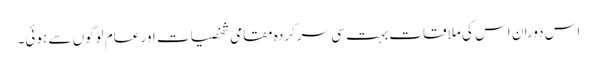
اس دوران اس کی ملاقات بہت سی سرکردہ مقامی شخصیات اور عام لوگوں سے ہوئی۔